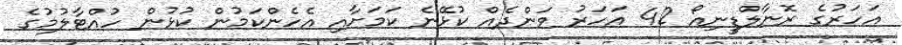
އަހަރުގެ ރޮނާލްޑީނިއޯ 42 އަހަރު ވަންދެއް ކުޅޭނެ ކަމަށާއި އެހެންކަމުން ކުޅުން ހުއްޓާލުމުގެ